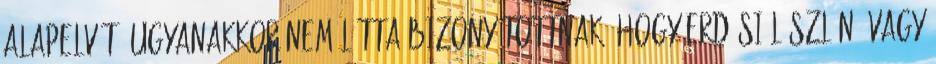
alapelvét, ugyanakkor nem látta bizonyítottnak, hogy Erdősi Lászlóné vagy